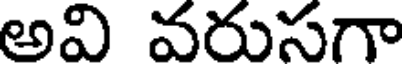
అవి వరుసగా